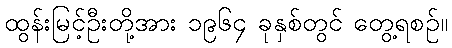
ထွန်းမြင့်ဦးတို့အား ၁၉၆၄ ခုနှစ်တွင် တွေ့ရစဉ်။